Leaving Certificate Examination (including Day School Certificate (Higher) General paper), 1932
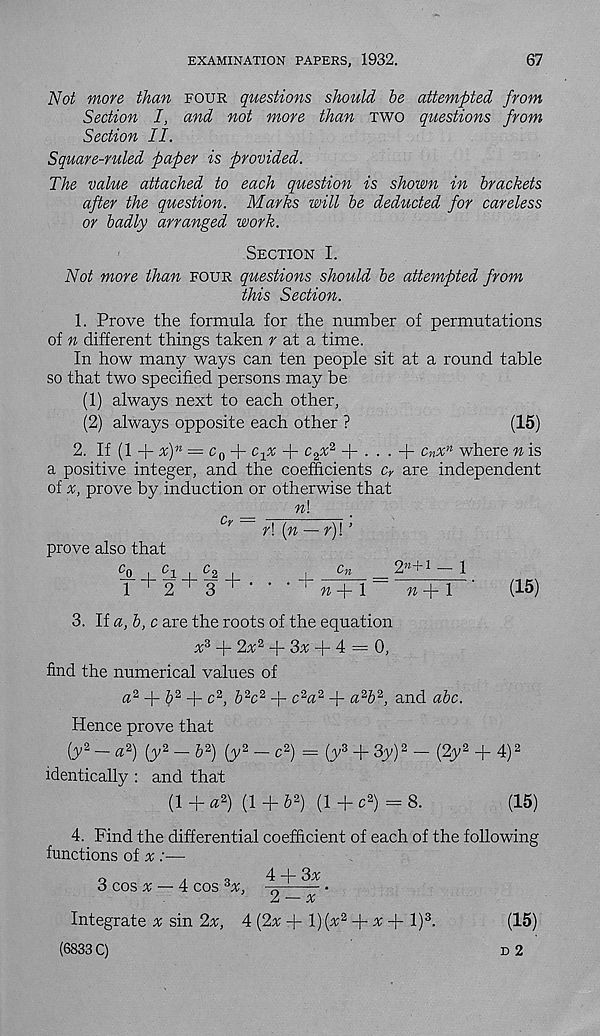
EXAMINATION PAPERS, 1932.
67
Not more than four questions should be attempted from
Section I, and not more than two questions from
Section II.
Square-ruled paper is provided.
The value attached to each question is shown in brackets
after the question. Marks will be deducted for careless
or badly arranged work.
•
Section I.
Not more than four questions should be attempted from
this Section.
1. Prove the formula for the number of permutations
of n different things taken r at a time.
In how many ways can ten people sit at a round table
so that two specified persons may be
(1) always next to each other,
(2) always opposite each other ?
(15)
2. If (1 + x) n = c 0 + c-jX + c 2^2 + . . . + c n x n where n is
a positive integer, and the coefficients c y are independent
of x, prove by induction or otherwise that
n\
Cy
prove also that
+
^ i
1 ^ 2 ^ 3 ^ •
r\ [n — r)\ ’
■ +
On
2 n + l — 1
(15)
» + 1
n-\-\
3. If a, b, c are the roots of the equation
%*• + 2^2 + "Sx -|- 4 = 0,
find the numerical values of
a 2 + & 2 + c 2 , & 2 c 2 + c 2 a 2 + a^b 2 , and abc.
Hence prove that
{y % - a 2 ) (y 2 - b 2 ) {y 2 - c 2 ) = (y 3 + 3y) 2 - (2y 2 + 4) 2
identically : and that
(1 + a 2 ) (1 + b 2 ) (1 + c 2 ) = 8.
(15)
4. Find the differential coefficient of each of the following
functions of x :—
o
a
^ ~i~
3 cos x — 4 cos d x, -h
2 — x
Integrate ^ sin 2x, 4 (2x + l){x 2 f- x -\- l) 3 .
(15)
(6833 C)
d 2